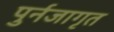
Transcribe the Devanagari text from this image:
पुर्नजागृत